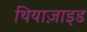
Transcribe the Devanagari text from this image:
थियाज़ाइड